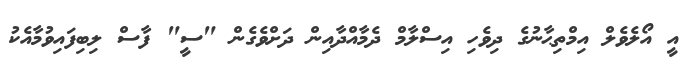
އީ އޯލެވެލް އިމްތިޙާނުގެ ދިވެހި އިސްލާމް ދެމާއްދާއިން ދަށްވެގެން "ސީ" ފާސް ލިބިފައިވުމާއެކު